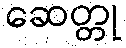
ဆေတ္တု